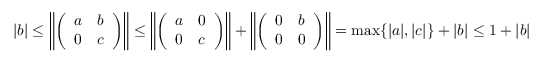
| b | \leq \left\| \left( \begin{array} { l l } { a } & { b } \\ { 0 } & { c } \end{array} \right) \right\| \leq \left\| \left( \begin{array} { l l } { a } & { 0 } \\ { 0 } & { c } \end{array} \right) \right\| + \left\| \left( \begin{array} { l l } { 0 } & { b } \\ { 0 } & { 0 } \end{array} \right) \right\| = \operatorname* { m a x } \{ | a | , | c | \} + | b | \leq 1 + | b |